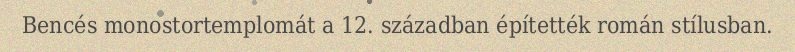
Bencés monostortemplomát a 12. században építették román stílusban.